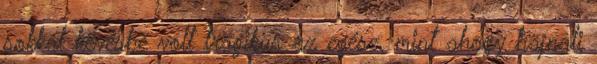
sokkal kevésbé volt tragikus az egész, mint ahogy hajnali